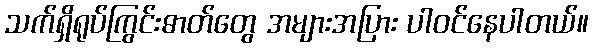
သက်ရှိရုပ်ကြွင်းဓာတ်တွေ အများအပြား ပါဝင်နေပါတယ်။